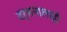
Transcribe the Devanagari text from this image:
दर्शनालाही